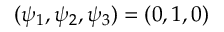
( \psi _ { 1 } , \psi _ { 2 } , \psi _ { 3 } ) = ( 0 , 1 , 0 )